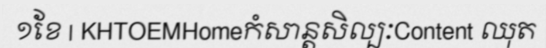
១ខែ | KHTOEMHomeកំសាន្តសិល្បៈContent ឈុត